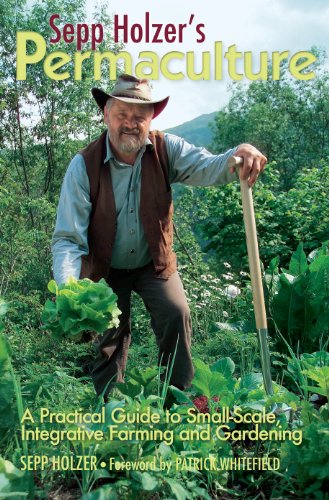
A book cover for Sepp Holzer's Permaculture: A Practical Guide to Small-Scale, Integrative Farming and Gardening; Sepp Holzer; Crafts, Hobbies & Home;